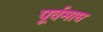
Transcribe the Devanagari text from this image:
पूर्वमाघ